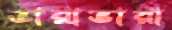
ভারাভারা